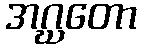
အဂ္ဃတော